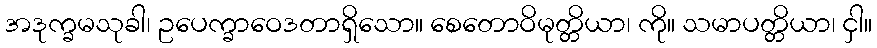
အဒုက္ခမသုခါ၊ ဥပေက္ခာဝေဒတာရှိသော။ စေတောဝိမုတ္တိယာ၊ ကို။ သမာပတ္တိယာ၊ ငှါ။